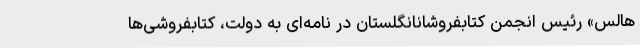
هالس» رئیس انجمن کتابفروشانانگلستان در نامه‌ای به دولت، کتابفروشی‌ها